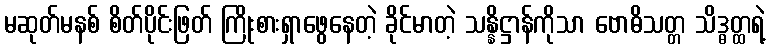
မဆုတ်မနစ် စိတ်ပိုင်းဖြတ် ကြိုးစားရှာဖွေနေတဲ့ ခိုင်မာတဲ့ သန္နိဋ္ဌာန်ကိုသာ ဗောဓိသတ္တ သိဒ္ဓတ္ထရဲ့